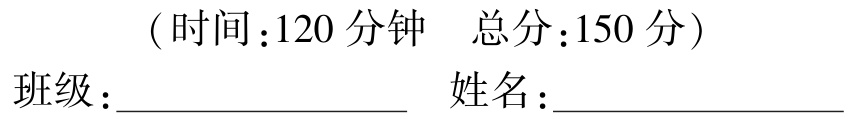
（时间：120 分钟  总分：150 分）

班级：____________________  姓名：____________________